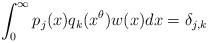
LaTeX: \begin{align*} \int_0^{\infty} p_j(x) q_k(x^{\theta}) w(x) dx = \delta_{j,k} \end{align*}